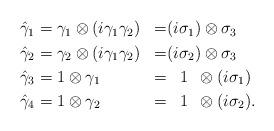
LaTeX: \begin{align*}\begin{aligned} \hat{\gamma}_1&=\gamma_1\otimes(i\gamma_1\gamma_2)&=&(i\sigma_1)\otimes\sigma_3\\ \hat{\gamma}_2&=\gamma_2\otimes(i\gamma_1\gamma_2)&=&(i\sigma_2)\otimes\sigma_3\\ \hat{\gamma}_3&=1\otimes\gamma_1&=&~~\,1\,~\otimes(i\sigma_1)\\ \hat{\gamma}_4&=1\otimes\gamma_2&=&~~\,1\,~\otimes(i\sigma_2).\end{aligned}\end{align*}